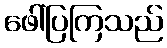
ဖေါ်ပြကြသည်